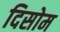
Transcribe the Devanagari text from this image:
दिसोम